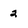
Character: 2